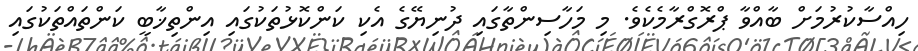
ހިއްސާކުރުމަށް ބާއްވާ ޕްރޮގްރާމެކެވެ. މި މަހާސިންތާގައި ދުނިޔޭގެ އެކި ކަންކޮޅުތަކުގައި އިންތިޚާބީ ކަންތައްތަކުގައި